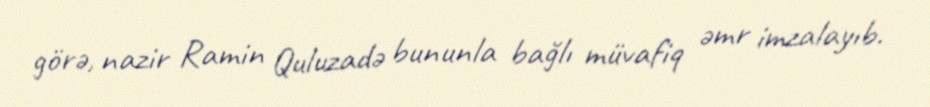
görə, nazir Ramin Quluzadə bununla bağlı müvafiq əmr imzalayıb.